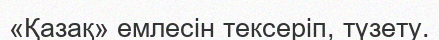
«Қазақ» емлесін тексеріп, түзету.